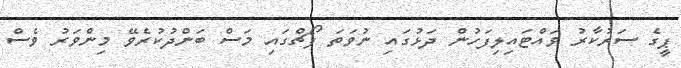
ޕީގެ ސަރުކާރު ވައްޓައިލިފަހުން ދަޅުގައި ނުވަތަ ޕޯޗްގައި މަސް ބަންދުކުރެވޭ މިންވަރު ވެސް